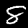
Label: 8